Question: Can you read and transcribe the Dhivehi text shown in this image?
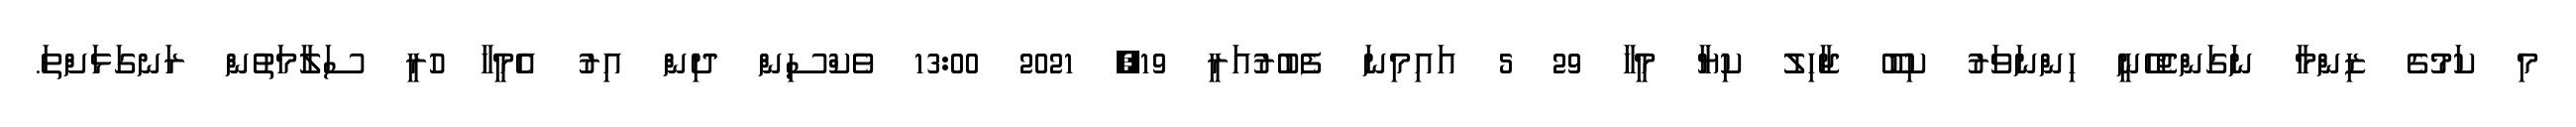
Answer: މި ކަމުގެ ޒިންމާ ނަގަންޖެހޭނީ ހިންނަވަރު ކިބޫ ޖާހިލު ކިޔާ މީހާ 29 5 އައިމިނަ ފެބުރުއަރީ 19, 2021 13:00 ވެކްސިން ދިން އިރު އެމީހާ ހުރީ ސަލާމަތުން ރަނގަޅަށްތަ.